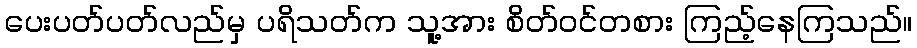
ပေးပတ်ပတ်လည်မှ ပရိသတ်က သူ့အား စိတ်ဝင်တစား ကြည့်နေကြသည်။